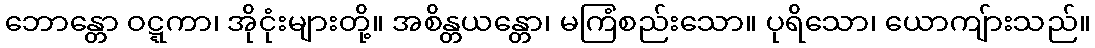
ဘောန္တော ဝဋ္ဋကာ၊ အိုငုံးများတို့။ အစိန္တယန္တော၊ မကြံစည်းသော။ ပုရိသော၊ ယောကျ်ားသည်။